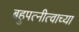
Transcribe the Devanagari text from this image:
बहुपत्नीत्वाच्या